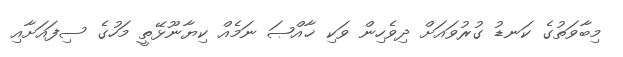
މިބާވަތުގެ ކަނޑު ގުރުވައަށް ދިވެހިން ވަކި ޚާއްޞަ ނަމެއް ކިޔާނޫޅޭތީ މަހުގެ ސިފައަށާއި